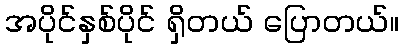
အပိုင်နှစ်ပိုင် ရှိတယ် ပြောတယ်။